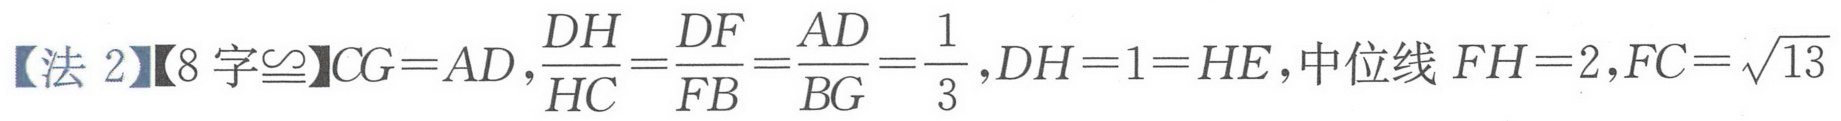
【法 2】【8 字\(\cong\)】\(CG = AD\)，\(\frac{DH}{HC}=\frac{DF}{FB}=\frac{AD}{BG}=\frac{1}{3}\)，\(DH = 1=HE\)，中位线 \(FH = 2\)，\(FC=\sqrt{13}\)